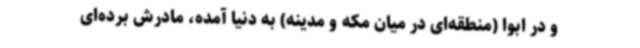
و در ابوا (منطقه‌ای در میان مکه و مدینه) به دنیا آمده، مادرش برده‌ای